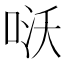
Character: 𠴎